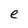
Character: e